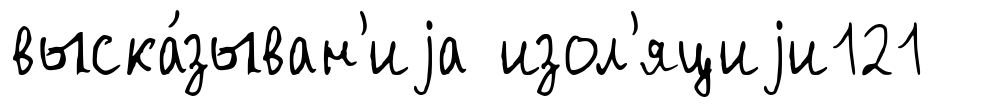
выска́зыван'иjа изол'яциjи121